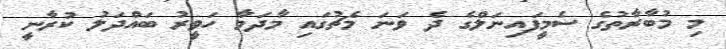
މި މުބާރާތުގެ ސެމީފައިނަލްގެ ދެ ވަނަ މެޗުގައި މާދަމާ ހަވީރު ބައްދަލު ކުރާނީ